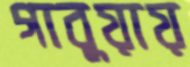
গাবুয়ায়